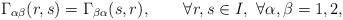
\begin{align*}\Gamma_{\alpha\beta}(r,s)=\Gamma_{\beta\alpha}(s,r),\qquad\forall r,s\in I,\ \forall\alpha,\beta=1,2,\end{align*}